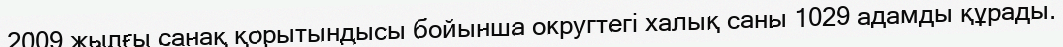
2009 жылғы санақ қорытындысы бойынша округтегі халық саны 1029 адамды құрады.